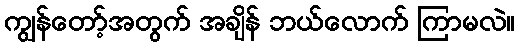
ကျွန်တော့်အတွက် အချိန် ဘယ်လောက် ကြာမလဲ။